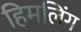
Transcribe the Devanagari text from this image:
हिमलिंग